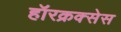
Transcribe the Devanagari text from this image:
हॉरक्रक्सेस